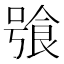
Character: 飸